65_HS1-834228961_62-HQ-83894_Section_5
Agency: FBI
Page 143
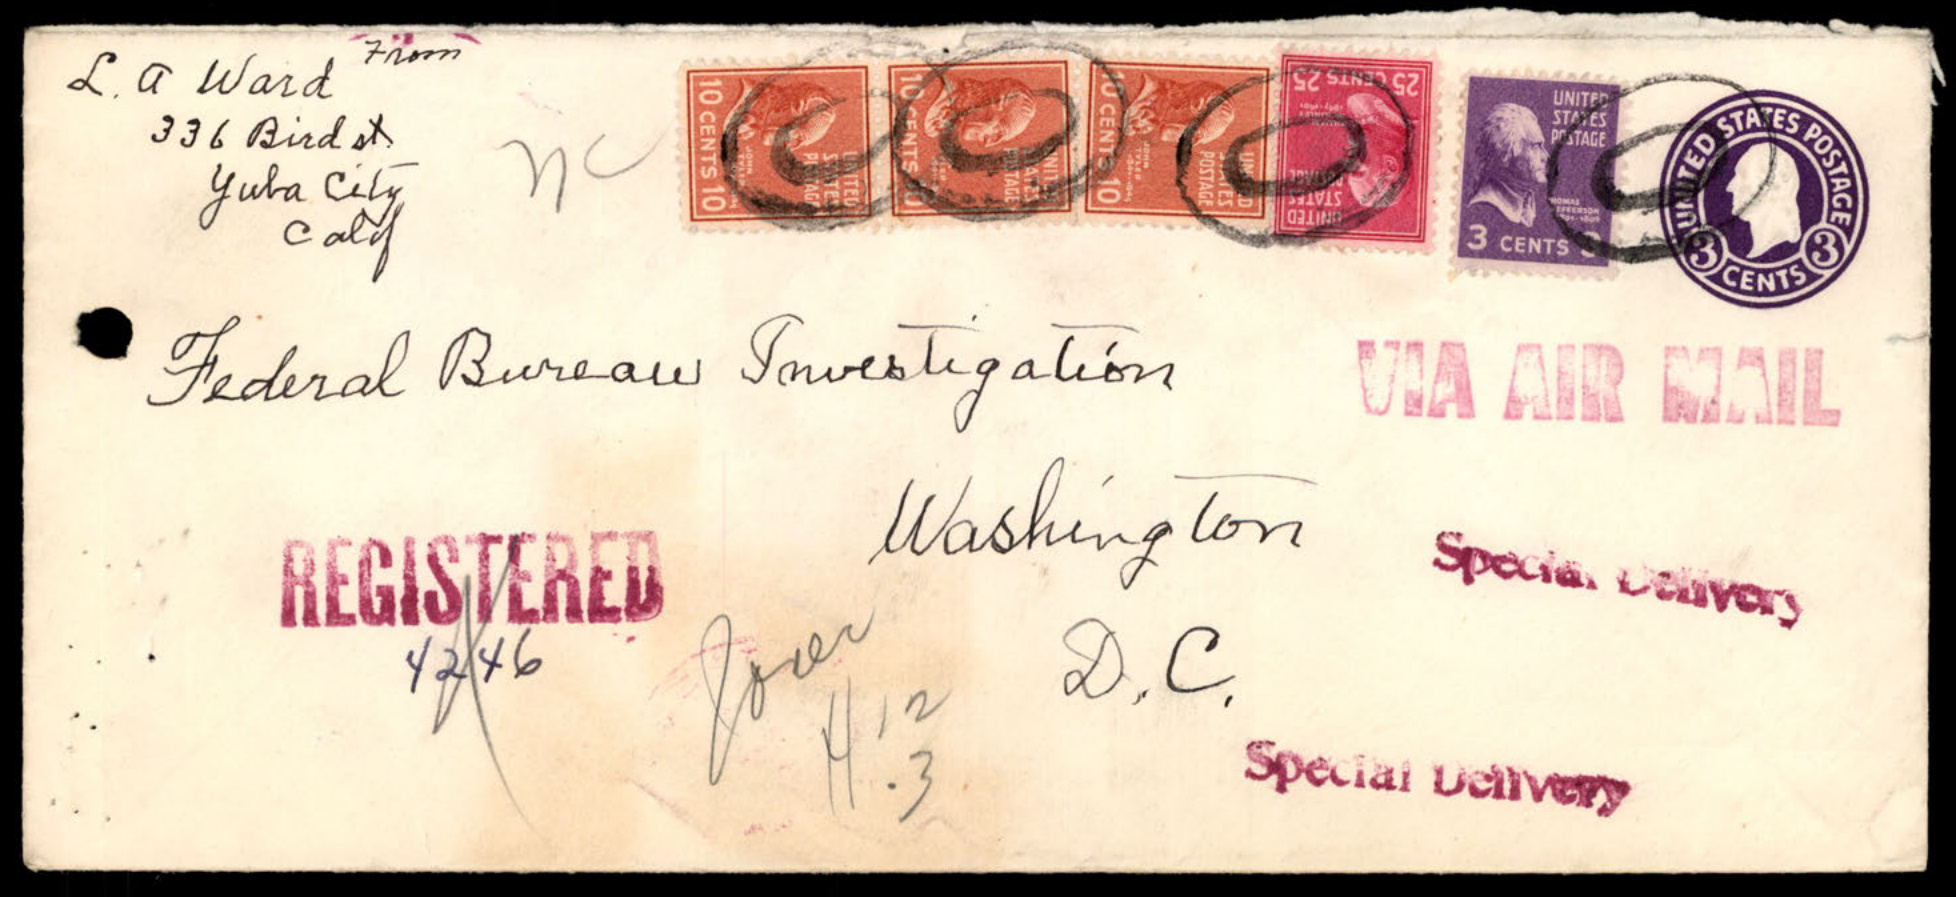